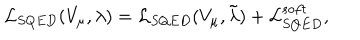
{ \cal L } _ { S Q E D } ( V _ { \mu } , \lambda ) = { \cal L } _ { S Q E D } ( V _ { \mu } , \tilde { \lambda } ) + { \cal L } _ { S Q E D } ^ { s o f t } ,